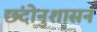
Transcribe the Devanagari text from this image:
छंदोनुशासन